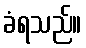
ခံရသည်။